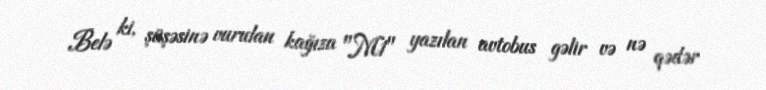
Belə ki, şüşəsinə vurulan kağıza "M1" yazılan avtobus gəlir və nə qədər